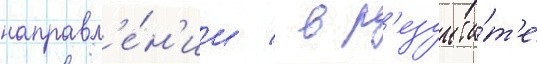
направл'е́н'ии / в р'езульта́т'е